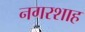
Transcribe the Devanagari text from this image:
नगरशाह